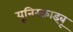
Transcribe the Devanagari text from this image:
यूनिस्क्राइबू